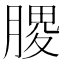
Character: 𫆪